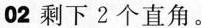
02 剩下2个直角。